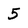
Character: 5